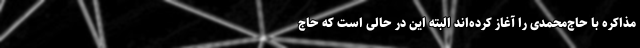
مذاکره با حاج‌محمدی را آغاز کرده‌اند البته این در حالی است که حاج